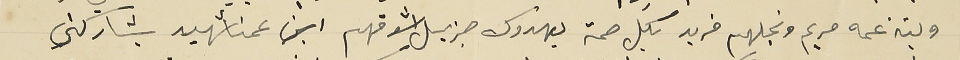
وبنة عمه مريم ونجلهم فريد بكل صحة يهدوك جزيل اشواقهم ابن عمنا شهيد يشاركني